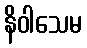
နိဝါသေမ